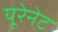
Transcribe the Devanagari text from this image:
यूरेनेट